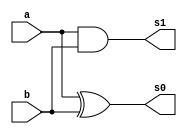
// ---------------------
// Exercicio 03 - Operador Produto (3 bits)
// Nome: Jssica Daniela
// ---------------------

module meiasoma (s0,s1,a,b);
input a,b;
output s0,s1;
xor XOR1(s0,a,b);
and AND1(s1,a,b);
endmodule  // meiasoma

module produto (s0,s1,s2,s3,a0,a1,b0,b1);
input a0,a1,b0,b1;
output s0,s1,s2,s3;
wire  q0,q1,q2,q3;
and AND1(s0,a0,b0);
and AND2(q0,a1,b0);
and AND3(q1,a0,b1);
and AND4(q2,a1,b1);
meiasoma MS1(s1,q3,q0,q1);
meiasoma MS2(s2,s3,q3,q2);
endmodule  //produto

module testeproduto;
reg a0,a1,b0,b1;
wire s0,s1,s2,s3;
produto PRO(s0,s1,s2,s3,a0,a1,b0,b1);
initial begin: start
a1=0; a0=0; b1=0; b0=0;
end
initial begin: main
$display("Jessica Daniela - 407450");
$display("Exercicio 03 - Operador produto 3 bits");
$display("\n | a1 | a0 | * | b1 | b0 | = | s3 | s2 | s1 | s0 |\n");
$monitor("   | %b | %b | * | %b | %b | = | %b | %b | %b | %b |",a1,a0,b1,b0,s3,s2,s1,s0);
#1 a1 = 0; a1 = 0; b0 = 0; b1 = 1;

#1 a1 = 0; a0 = 0; b1 = 1; b0 = 0;
#1 a1 = 0; a0 = 0; b1 = 1; b0 = 1;

#1 a1 = 0; a0 = 1; b1 = 0; b0 = 0;
#1 a1 = 0; a0 = 1; b1 = 0; b0 = 1;

#1 a1 = 0; a0 = 1; b1 = 1; b0 = 0;
#1 a1 = 0; a0 = 1; b1 = 1; b0 = 1;

#1 a1 = 1; a0 = 0; b1 = 0; b0 = 0;
#1 a1 = 1; a0 = 0; b1 = 0; b0 = 1;

#1 a1 = 1; a0 = 0; b1 = 1; b0 = 0;
#1 a1 = 1; a0 = 0; b1 = 1; b0 = 1;

#1 a1 = 1; a0 = 1; b1 = 0; b0 = 0;
#1 a1 = 1; a0 = 1; b1 = 0; b0 = 1;

#1 a1 = 1; a0 = 1; b1 = 1; b0 = 0;
#1 a1 = 1; a0 = 1; b1 = 1; b0 = 1;


end
endmodule //testediferenca3bits